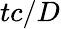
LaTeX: tc/D